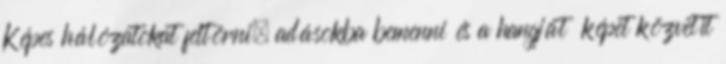
Képes hálózatokat feltörni, adásokba bemenni és a hangját képet közvetít